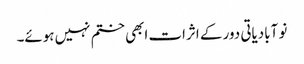
نو آبادیاتی دور کے اثرات ابھی ختم نہیں ہوئے۔